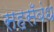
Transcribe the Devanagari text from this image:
सहसँबंध